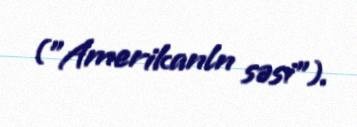
("Amerikanln səsi").